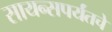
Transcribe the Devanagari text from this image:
सायन्सपर्यंतचे